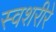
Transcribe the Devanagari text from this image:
स्वशरीरे